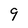
Character: 9